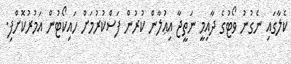
ކެލާގައި ނެގުނު ވޯޓުގެ ދާއިމީ ނަތީޖާ އިޢުލާން ކުރުން ފަސްކުރުމަށް ހައިކޯޓުން އަމުރުކޮށްފި.